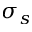
\sigma _ { s }